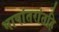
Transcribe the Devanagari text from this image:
भाषांतरांतहि